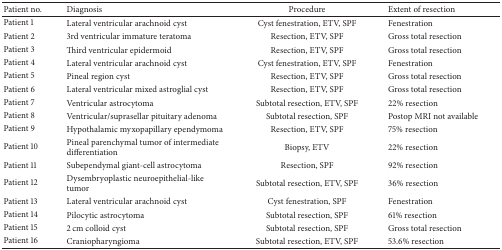
<table><thead><tr><td><b>Patient no.</b></td><td><b>Diagnosis</b></td><td><b>Procedure</b></td><td><b>Extent of resection</b></td></tr></thead><tbody><tr><td>Patient 1</td><td>Lateral ventricular arachnoid cyst</td><td>Cyst fenestration, ETV, SPF</td><td>Fenestration</td></tr><tr><td>Patient 2</td><td>3rd ventricular immature teratoma</td><td>Resection, ETV, SPF</td><td>Gross total resection</td></tr><tr><td>Patient 3</td><td>Third ventricular epidermoid</td><td>Resection, ETV, SPF</td><td>Gross total resection</td></tr><tr><td>Patient 4</td><td>Lateral ventricular arachnoid cyst</td><td>Cyst fenestration, ETV, SPF</td><td>Fenestration</td></tr><tr><td>Patient 5</td><td>Pineal region cyst</td><td>Resection, ETV, SPF</td><td>Gross total resection</td></tr><tr><td>Patient 6</td><td>Lateral ventricular mixed astroglial cyst</td><td>Resection, ETV, SPF</td><td>Gross total resection</td></tr><tr><td>Patient 7</td><td>Ventricular astrocytoma</td><td>Subtotal resection, ETV, SPF</td><td>22% resection</td></tr><tr><td>Patient 8</td><td>Ventricular/suprasellar pituitary adenoma</td><td>Subtotal resection, SPF</td><td>Postop MRI not available</td></tr><tr><td>Patient 9</td><td>Hypothalamic myxopapillary ependymoma</td><td>Resection, ETV, SPF</td><td>75% resection</td></tr><tr><td>Patient 10</td><td>Pineal parenchymal tumor of intermediate differentiation</td><td>Biopsy, ETV</td><td>22% resection</td></tr><tr><td>Patient 11</td><td>Subependymal giant-cell astrocytoma</td><td>Resection, SPF</td><td> 92% resection</td></tr><tr><td>Patient 12</td><td>Dysembryoplastic neuroepithelial-like tumor</td><td>Subtotal resection, ETV, SPF</td><td> 36% resection</td></tr><tr><td>Patient 13</td><td>Lateral ventricular arachnoid cyst</td><td>Cyst fenestration, SPF</td><td>Fenestration</td></tr><tr><td>Patient 14</td><td>Pilocytic astrocytoma</td><td>Subtotal resection, SPF</td><td>61% resection</td></tr><tr><td>Patient 15</td><td>2 cm colloid cyst</td><td>Subtotal resection, SPF</td><td>Gross total resection</td></tr><tr><td>Patient 16</td><td>Craniopharyngioma</td><td>Subtotal resection, ETV, SPF</td><td>53.6% resection</td></tr></tbody></table>